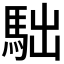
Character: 𩢎